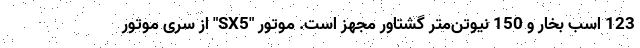
123 اسب بخار و 150 نیوتن‌متر گشتاور مجهز است. موتور "SX5" از سری موتور